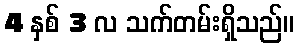
4 နှစ် 3 လ သက်တမ်းရှိသည်။